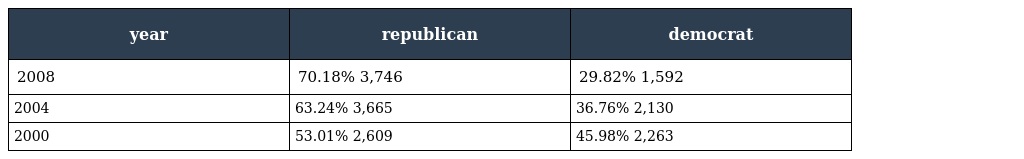
| year | republican | democrat |
 | --- | --- | --- |
 | 2008 | 70.18% 3,746 | 29.82% 1,592 |
 | 2004 | 63.24% 3,665 | 36.76% 2,130 |
 | 2000 | 53.01% 2,609 | 45.98% 2,263 |